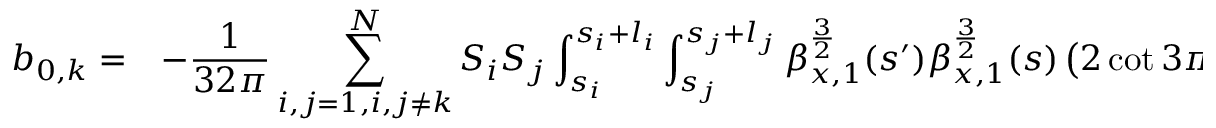
\begin{array} { c l } { \displaystyle b _ { 0 , k } = } & { \displaystyle - \frac { 1 } { 3 2 \pi } \sum _ { i , j = 1 , i , j \neq k } ^ { N } { S _ { i } S _ { j } \int _ { s _ { i } } ^ { s _ { i } + l _ { i } } \int _ { s _ { j } } ^ { s _ { j } + l _ { j } } { \beta _ { x , 1 } ^ { \frac { 3 } { 2 } } ( s ^ { \prime } ) \beta _ { x , 1 } ^ { \frac { 3 } { 2 } } ( s ) \left( 2 \cot { 3 \pi \nu _ { x } } \cos { 3 \chi _ { x } ( s ) } \cos { 3 \chi _ { x } ( s ^ { \prime } ) } \right. } } } \end{array}